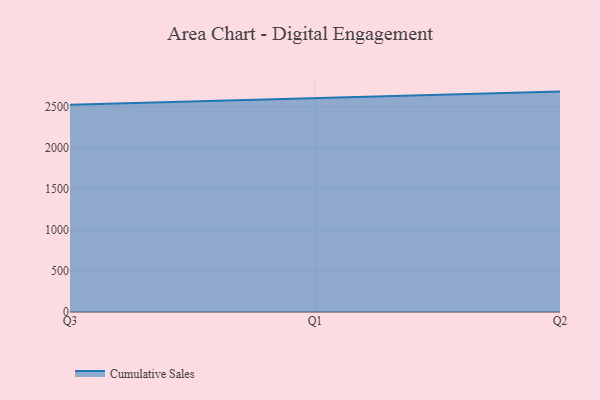
{"axis": {"x": "Quarter", "y": "Production Output"}, "legend": ["Cumulative Sales"], "data": [{"x": "Q3", "y": 2522.5, "type": "Cumulative Sales"}, {"x": "Q1", "y": 2604.7, "type": "Cumulative Sales"}, {"x": "Q2", "y": 2681.4, "type": "Cumulative Sales"}]}